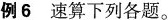
例6速算下列各题。